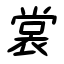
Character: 裳